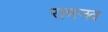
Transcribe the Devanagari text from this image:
रामनव